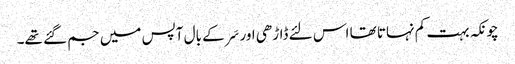
چونکہ بہت کم نہاتا تھا اس لئے ڈاڑھی اور سَر کے بال آپس میں جم گئے تھے۔